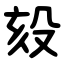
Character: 㱾